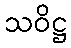
သဝိဋ္ဌ